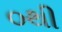
૦થી